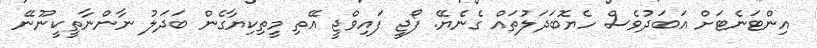
އިންޓަނެޓަށް އަބަދުވެސް ހެޔޮބަދަލުތައް ގެނެޔޭ. ފޯޖީ ފައިވްޖީ އޭތި މީތިކިޔާގެން ބަދަލު ނާންނާތީކީނޫނޭ